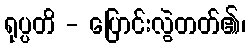
ရုပ္ပတိ - ပြောင်းလွဲတတ်၏၊